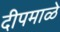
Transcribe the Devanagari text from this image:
दीपमाळे